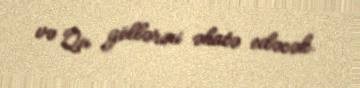
və Qu göllərini əhatə edəcək.